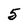
Character: 5